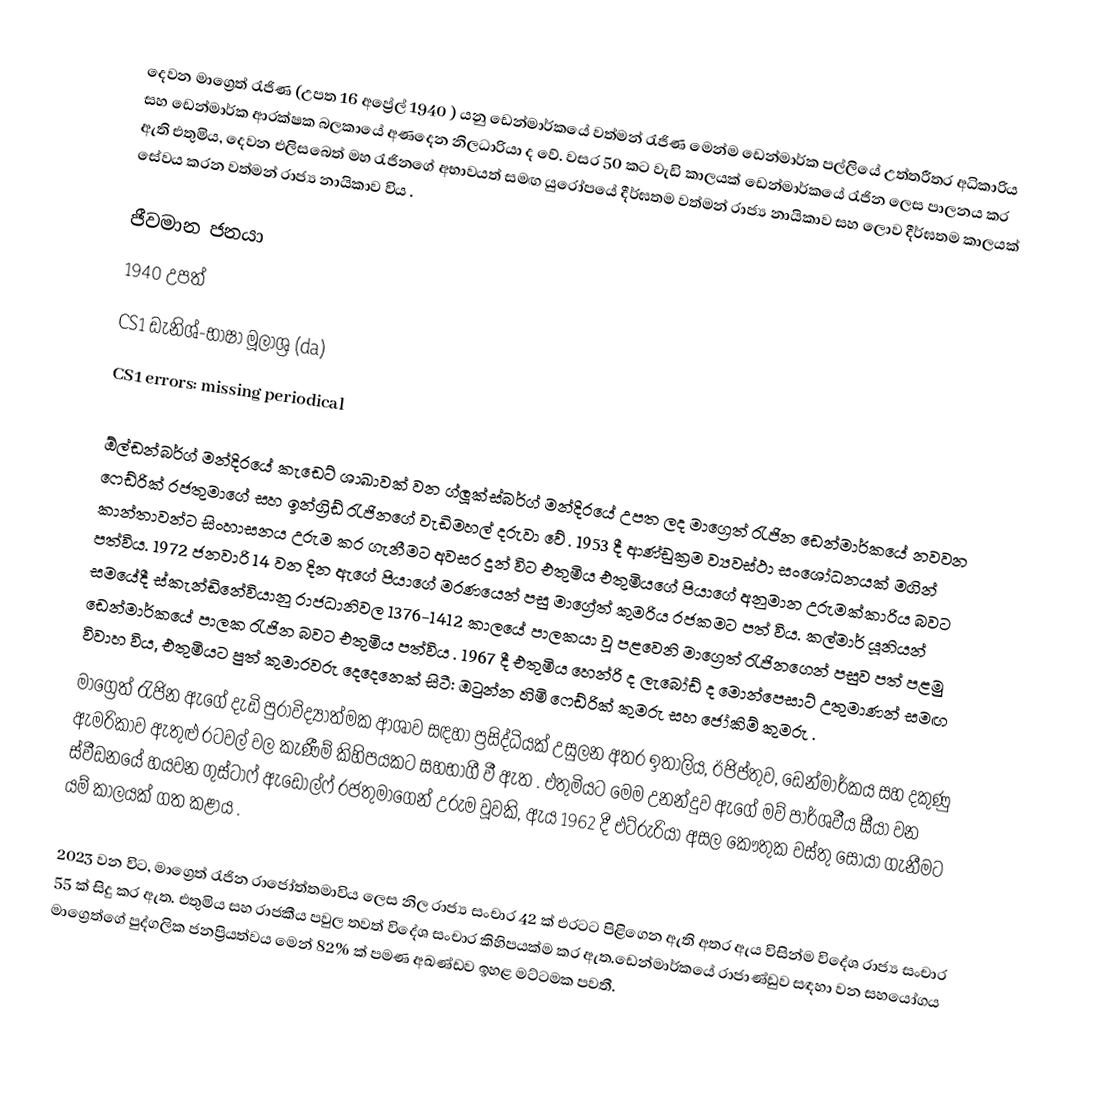
දෙවන මාග්‍රෙත් රැජිණ (උපත 16 අප්‍රේල් 1940 ) යනු ඩෙන්මාර්කයේ වත්මන් රැජිණ මෙන්ම ඩෙන්මාර්ක පල්ලියේ උත්තරීතර අධිකාරිය සහ ඩෙන්මාර්ක ආරක්ෂක බලකායේ අණදෙන නිලධාරියා ද වේ. වසර 50 කට වැඩි කාලයක් ඩෙන්මාර්කයේ රැජින ලෙස පාලනය කර ඇති එතුමිය, දෙවන එලිසබෙත් මහ රැජිනගේ අභාවයත් සමඟ යුරෝපයේ දීර්ඝතම වත්මන් රාජ්‍ය නායිකාව සහ ලොව දීර්ඝතම කාලයක් සේවය කරන වත්මන් රාජ්‍ය නායිකාව විය .

ජීවමාන ජනයා
1940 උපත්
CS1 ඩැනිශ්-භාෂා මූලාශ්‍ර (da)
CS1 errors: missing periodical

ඕල්ඩන්බර්ග් මන්දිරයේ කැඩෙට් ශාඛාවක් වන ග්ලූක්ස්බර්ග් මන්දිරයේ උපත ලද මාග්‍රෙත් රැජින ඩෙන්මාර්කයේ නවවන ෆෙඩ්රික් රජතුමාගේ සහ ඉන්ග්‍රිඩ් රැජිනගේ වැඩිමහල් දරුවා වේ . 1953 දී ආණ්ඩුක්‍රම ව්‍යවස්ථා සංශෝධනයක් මගින් කාන්තාවන්ට සිංහාසනය උරුම කර ගැනීමට අවසර දුන් විට එතුමිය එතුමියගේ  පියාගේ අනුමාන උරුමක්කාරිය බවට පත්විය. 1972 ජනවාරි 14 වන දින ඇගේ පියාගේ මරණයෙන් පසු මාග්‍රේත් කුමරිය රජකමට පත් විය. කල්මාර් යූනියන් සමයේදී ස්කැන්ඩිනේවියානු රාජධානිවල 1376-1412 කාලයේ පාලකයා වූ පළවෙනි මාග්‍රෙත් රැජිනගෙන් පසුව පත් පළමු ඩෙන්මාර්කයේ පාලක රැජින බවට එතුමිය පත්විය . 1967 දී එතුමිය හෙන්රි ද ලැබෝඩ් ද මොන්පෙසාට් උතුමාණන් සමඟ විවාහ විය, එතුමියට පුත් කුමාරවරු දෙදෙනෙක් සිටී: ඔටුන්න හිමි ෆෙඩ්රික් කුමරු සහ ජෝකිම් කුමරු .
මාග්‍රෙත් රැජින ඇගේ දැඩි පුරාවිද්‍යාත්මක ආශාව සඳහා ප්‍රසිද්ධියක් උසුලන අතර ඉතාලිය, ඊජිප්තුව, ඩෙන්මාර්කය සහ දකුණු ඇමරිකාව ඇතුළු රටවල් වල කැණීම් කිහිපයකට සහභාගී වී ඇත . එතුමියට මෙම උනන්දුව ඇගේ මව් පාර්ශවීය සීයා වන ස්වීඩනයේ හයවන ගුස්ටාෆ් ඇඩොල්ෆ් රජතුමාගෙන් උරුම වූවකි, ඇය 1962 දී එට්රුරියා අසල කෞතුක වස්තු සොයා ගැනීමට යම් කාලයක් ගත කළාය .

2023 වන විට, මාග්‍රෙත් රැජින රාජෝත්තමාවිය ලෙස නිල රාජ්‍ය සංචාර 42 ක් එරටට පිළිගෙන ඇති අතර ඇය විසින්ම විදේශ රාජ්‍ය සංචාර 55 ක් සිදු කර ඇත. එතුමිය සහ රාජකීය පවුල තවත් විදේශ සංචාර කිහිපයක්ම කර ඇත.ඩෙන්මාර්කයේ රාජාණ්ඩුව සඳහා වන සහයෝගය මාග්‍රෙත්ගේ පුද්ගලික ජනප්‍රියත්වය මෙන් 82% ක් පමණ අඛණ්ඩව ඉහළ මට්ටමක පවතී.